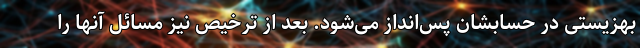
بهزیستی در حسابشان پس‌انداز می‌شود. بعد از ترخیص نیز مسائل آنها را